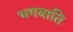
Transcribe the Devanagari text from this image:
भगवाति